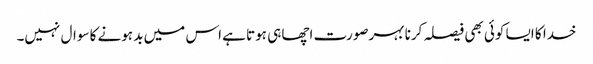
خدا کا ایسا کوئی بھی فیصلہ کرنا بہرصورت اچھا ہی ہوتا ہے اس میں بد ہونے کا سوال نہیں۔